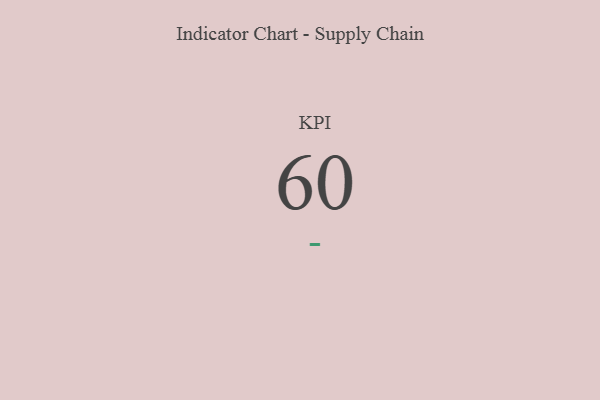
{"axis": {"x": "KPI", "y": "Value"}, "legend": [""], "data": [{"x": "KPI", "y": 60, "type": ""}]}